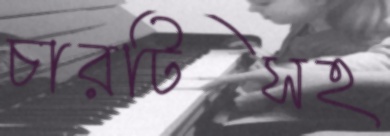
চারটিসহ